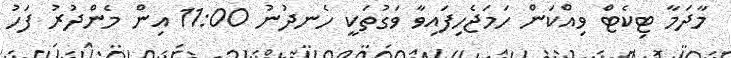
މާދަމާ ޓިކެޓް ވިއްކަން ހަމަޖެހިފައިވާ ވަގުތަކީ ހެނދުނު 11:00 އިން މެންދުރު ފަހު